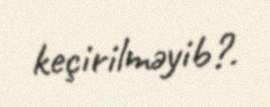
keçirilməyib?.